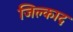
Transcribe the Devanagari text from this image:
जिल्काद